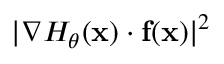
| \nabla H _ { \boldsymbol \theta } ( \mathbf { x } ) \cdot \mathbf { f } ( \mathbf { x } ) | ^ { 2 }